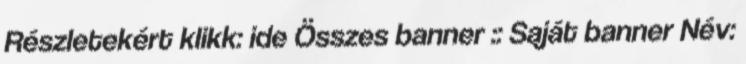
Részletekért klikk: ide Összes banner :: Saját banner Név: